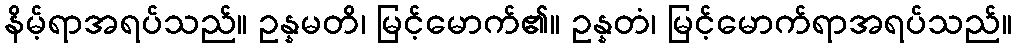
နိမ့်ရာအရပ်သည်။ ဥန္နမတိ၊ မြင့်မောက်၏။ ဥန္နတံ၊ မြင့်မောက်ရာအရပ်သည်။